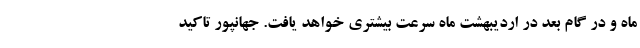
ماه و در گام بعد در اردیبهشت ماه سرعت بیشتری خواهد یافت. جهانپور تاکید